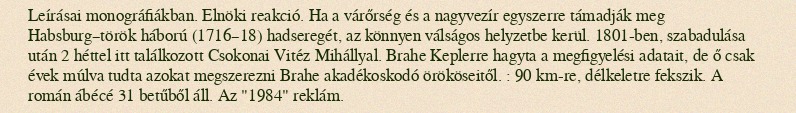
Leírásai monográfiákban. Elnöki reakció. Ha a várőrség és a nagyvezír egyszerre támadják meg Habsburg–török háború (1716–18) hadseregét, az könnyen válságos helyzetbe kerül. 1801-ben, szabadulása után 2 héttel itt találkozott Csokonai Vitéz Mihállyal. Brahe Keplerre hagyta a megfigyelési adatait, de ő csak évek múlva tudta azokat megszerezni Brahe akadékoskodó örököseitől. : 90 km-re, délkeletre fekszik. A román ábécé 31 betűből áll. Az "1984" reklám.